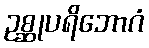
ဥစ္ဆုပရိဘောဂံ